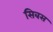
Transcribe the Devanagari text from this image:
सिबस